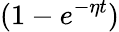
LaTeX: (1-e^{-\eta t})